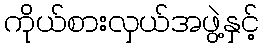
ကိုယ်စားလှယ်အဖွဲ့နှင့်